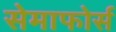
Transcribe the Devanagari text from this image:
सेमाफोर्स